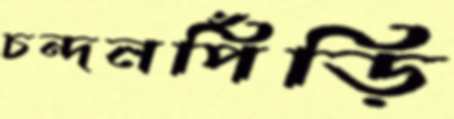
চন্দনপিঁড়ি